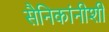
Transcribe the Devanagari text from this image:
सैनिकांनीशी